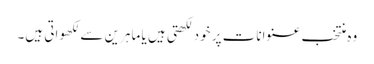
وہ منتخب عنوانات پر خود لکھتی ہیں یا ماہرین سے لکھواتی ہیں۔